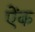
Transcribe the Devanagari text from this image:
ऐंक